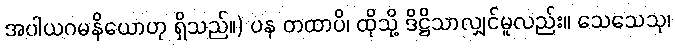
အပါယဂမနိယောဟု ရှိသည်။) ပန တထာပိ၊ ထိုသို့ ဒိဋ္ဌိသာလျှင်မူလည်း။ သေသေသု၊